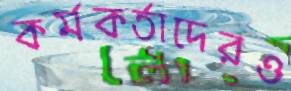
কর্মকর্তাদেরও